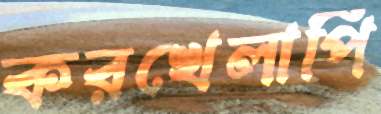
করখেলাপি